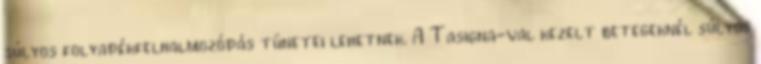
súlyos folyadékfelhalmozódás tünetei lehetnek. A Tasigna-val kezelt betegeknél súlyos